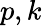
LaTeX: p,k